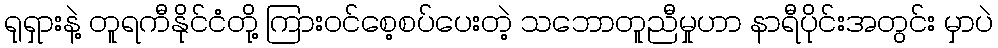
ရုရှားနဲ့ တူရကီနိုင်ငံတို့ ကြားဝင်စေ့စပ်ပေးတဲ့ သဘောတူညီမှုဟာ နာရီပိုင်းအတွင်း မှာပဲ